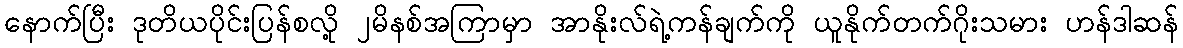
နောက်ပြီး ဒုတိယပိုင်းပြန်စလို့ ၂မိနစ်အကြာမှာ အာနိုးလ်ရဲ့ကန်ချက်ကို ယူနိုက်တက်ဂိုးသမား ဟန်ဒါဆန်